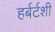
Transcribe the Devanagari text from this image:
हर्बर्टशी